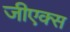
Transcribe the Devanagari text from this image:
जीएक्स